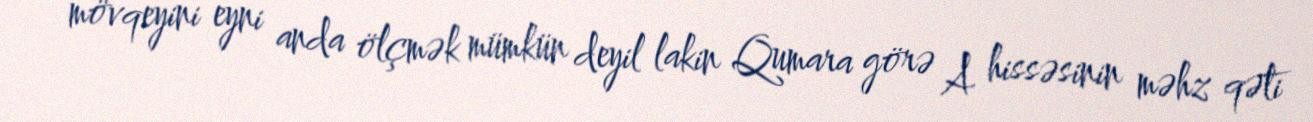
mövqeyini eyni anda ölçmək mümkün deyil lakin Qumara görə A hissəsinin məhz qəti